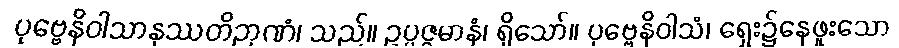
ပုဗ္ဗေနိဝါသာနုဿတိဉာဏံ၊ သည်။ ဥပ္ပဇ္ဇမာနံ၊ ရှိသော်။ ပုဗ္ဗေနိဝါသံ၊ ရှေး၌နေဖူးသော